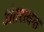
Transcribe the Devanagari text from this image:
अंतरत्वक